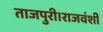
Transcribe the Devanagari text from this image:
ताजपुरी।राजवंशी